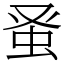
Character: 𫊫